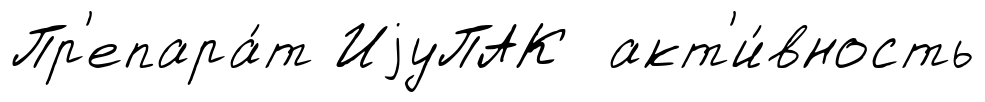
Пр'епара́т ИjуПАК акт'и́вность